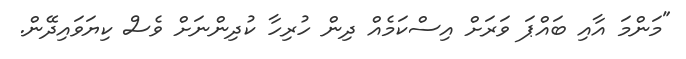
"މަންމަ އާއި ބައްޕަ ވަރަށް އިސްކަމެއް ދިން ހުރިހާ ކުދިންނަށް ވެސް ކިޔަވައިދޭން.